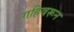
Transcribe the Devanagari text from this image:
गहिवरून